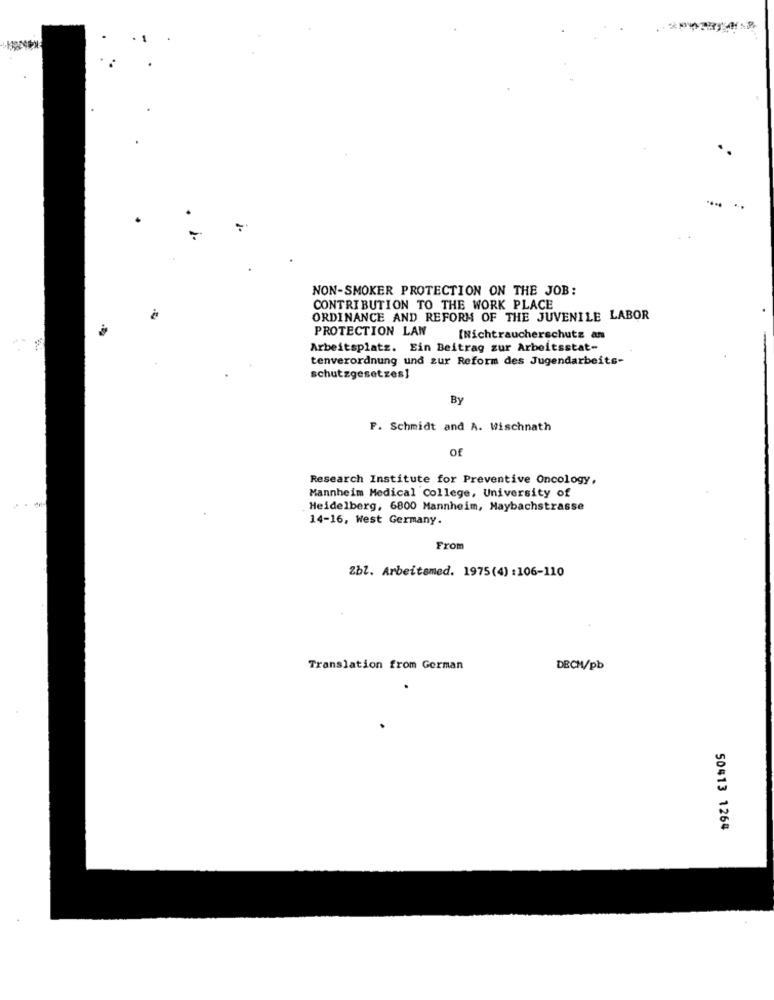
NON-SMOKER PROTECTION ON THE JOB:
CONTRIBUTION TO THE WORK PLACE
ORDINANCE AND REFORM OF THE JUVENILE LABOR
PROTECTION LAW
[Nichtraucherschutz an
Arbeitsplatz. Ein Beitrag zur Arbeitsstat-
tenverordnung und zur Reform des Jugendarbeits-
schutzgesetzes]
By
F. Schmidt and A. Wischnath
of
Research Institute for Preventive Oncology,
Mannheim Medical College, University of
Heidelberg, 6800 Mannheim, Maybachstrasse
14-16, West Germany.
From
Zbl. Arbeitsmed. 1975(4) :106-110
Translation from German
DECH/pb
50413 1264